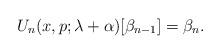
LaTeX: \begin{align*}U_n(x,p;\lambda+\alpha)[\beta_{n-1}]=\beta_n.\end{align*}